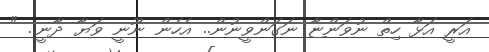
އަރީ އަޅާ ހިތް ނުވަންޏާ ނަގަންވީނުން.. އެހެން ނޫނީ ވަޔާ ދާނީ.. "